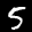
Label: 5